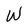
Character: W